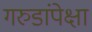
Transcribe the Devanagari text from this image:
गरुडांपेक्षा